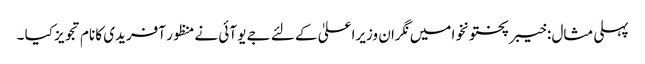
پہلی مثال : خیبر پختونخوا میں نگران وزیراعلیٰ کے لئے جے یو آئی نے منظور آفریدی کا نام تجویز کیا ۔